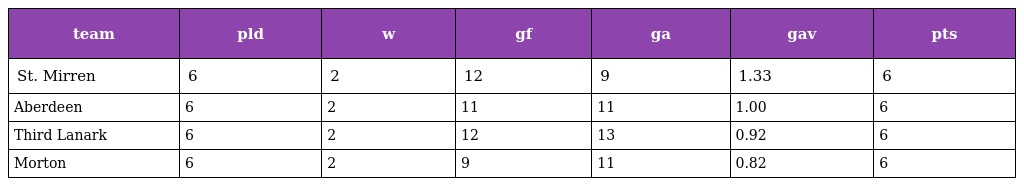
| team | pld | w | gf | ga | gav | pts |
 | --- | --- | --- | --- | --- | --- | --- |
 | St. Mirren | 6 | 2 | 12 | 9 | 1.33 | 6 |
 | Aberdeen | 6 | 2 | 11 | 11 | 1.00 | 6 |
 | Third Lanark | 6 | 2 | 12 | 13 | 0.92 | 6 |
 | Morton | 6 | 2 | 9 | 11 | 0.82 | 6 |